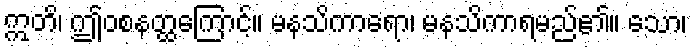
ဣတိ၊ ဤဝစနတ္ထကြောင့်။ မနသိကာရော၊ မနသိကာရမည်၏။ သော၊